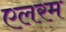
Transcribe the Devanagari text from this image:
एलरम